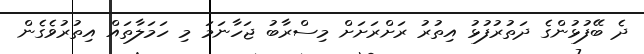
ދެ ބޭފުޅުންގެ ދަތުރުފުޅު އިތުރު ރަށްރަށަށް މިސްރާބު ޖަހާނަމަ މި ހަމަލާތައް އިތުރުވެގެން